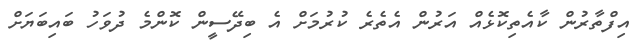
އިފްތާރުން ކާއެތިކޮޅެއް އަރުން އެތެރެ ކުރުމަށް އެ ބިދޭސީން ކޮންމެ ދުވަހު ބައިބަޔަށް